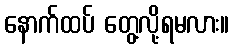
နောက်ထပ် တွေ့လို့ရမလား။